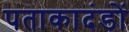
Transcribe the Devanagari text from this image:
पताकादंडों